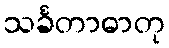
သင်္ခတာဓာတု